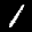
Label: 1